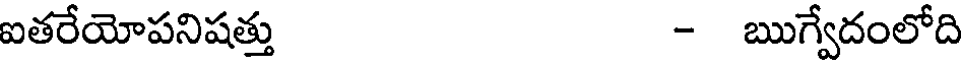
ఐతరేయోపనిషత్తు - ఋగ్వేదంలోది